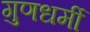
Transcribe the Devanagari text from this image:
गुणधर्मी